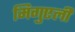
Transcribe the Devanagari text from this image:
मिगुएली